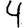
Digit: 4